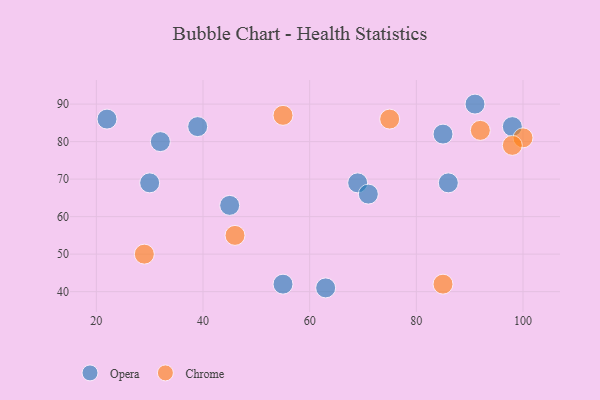
{"axis": {"x": "GDP", "y": "Life Expectancy"}, "legend": ["Chrome", "Opera"], "data": [{"x": "69", "y": 69, "type": "Opera"}, {"x": "71", "y": 66, "type": "Opera"}, {"x": "85", "y": 82, "type": "Opera"}, {"x": "55", "y": 42, "type": "Opera"}, {"x": "91", "y": 90, "type": "Opera"}, {"x": "98", "y": 84, "type": "Opera"}, {"x": "39", "y": 84, "type": "Opera"}, {"x": "86", "y": 69, "type": "Opera"}, {"x": "22", "y": 86, "type": "Opera"}, {"x": "63", "y": 41, "type": "Opera"}, {"x": "32", "y": 80, "type": "Opera"}, {"x": "45", "y": 63, "type": "Opera"}, {"x": "30", "y": 69, "type": "Opera"}, {"x": "75", "y": 86, "type": "Chrome"}, {"x": "100", "y": 81, "type": "Chrome"}, {"x": "98", "y": 79, "type": "Chrome"}, {"x": "46", "y": 55, "type": "Chrome"}, {"x": "85", "y": 42, "type": "Chrome"}, {"x": "55", "y": 87, "type": "Chrome"}, {"x": "92", "y": 83, "type": "Chrome"}, {"x": "29", "y": 50, "type": "Chrome"}]}